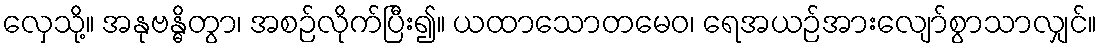
လှေသို့။ အနုဗန္ဓိတွာ၊ အစဉ်လိုက်ပြီး၍။ ယထာသောတမေဝ၊ ရေအယဉ်အားလျော်စွာသာလျှင်။